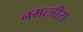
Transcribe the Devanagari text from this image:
नमत्जीरा